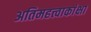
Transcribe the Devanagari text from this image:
अतिमहत्त्वाकांक्षा